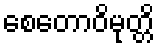
စေတောဝိမုတ္တိ